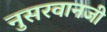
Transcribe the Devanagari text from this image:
नुसरवानजी